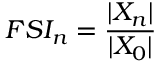
F S I _ { n } = \frac { | X _ { n } | } { | X _ { 0 } | }